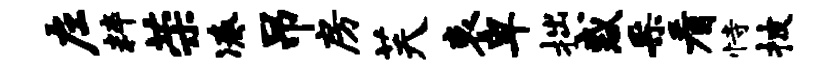
左粹荣凑吊房芙哀卑拙惑采看恃披